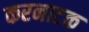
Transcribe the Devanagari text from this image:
करनाटक